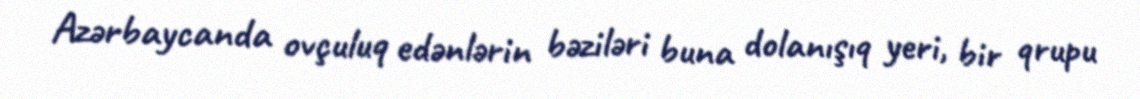
Azərbaycanda ovçuluq edənlərin bəziləri buna dolanışıq yeri, bir qrupu